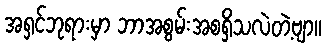
အရှင်ဘုရားမှာ ဘာအစွမ်းအစရှိသလဲတဲ့ဗျာ။